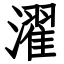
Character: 濯